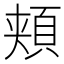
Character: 頬